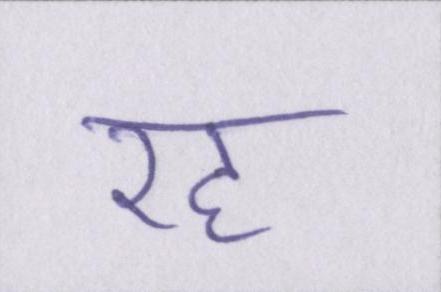
रह